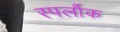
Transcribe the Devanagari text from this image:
स्पर्लौक